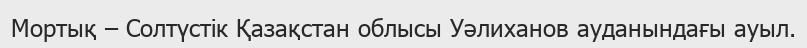
Мортық – Солтүстік Қазақстан облысы Уәлиханов ауданындағы ауыл.